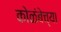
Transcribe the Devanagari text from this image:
कोळंबेच्या